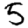
Digit: 5